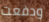
ودفعت